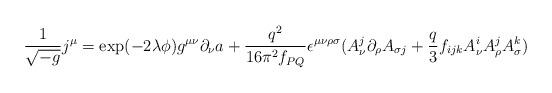
LaTeX: \begin{align*}\frac{1}{\sqrt{-g}}j^\mu=\exp(-2\lambda\phi)g^{\mu\nu}\partial_\nu a+\frac{q^2}{16\pi^2 f_{PQ}}\epsilon^{\mu\nu\rho\sigma}(A_\nu^j\partial_\rho A_{\sigma j}+\frac{q}{3}f_{ijk}A_\nu^i A_\rho^j A_\sigma^k)\end{align*}